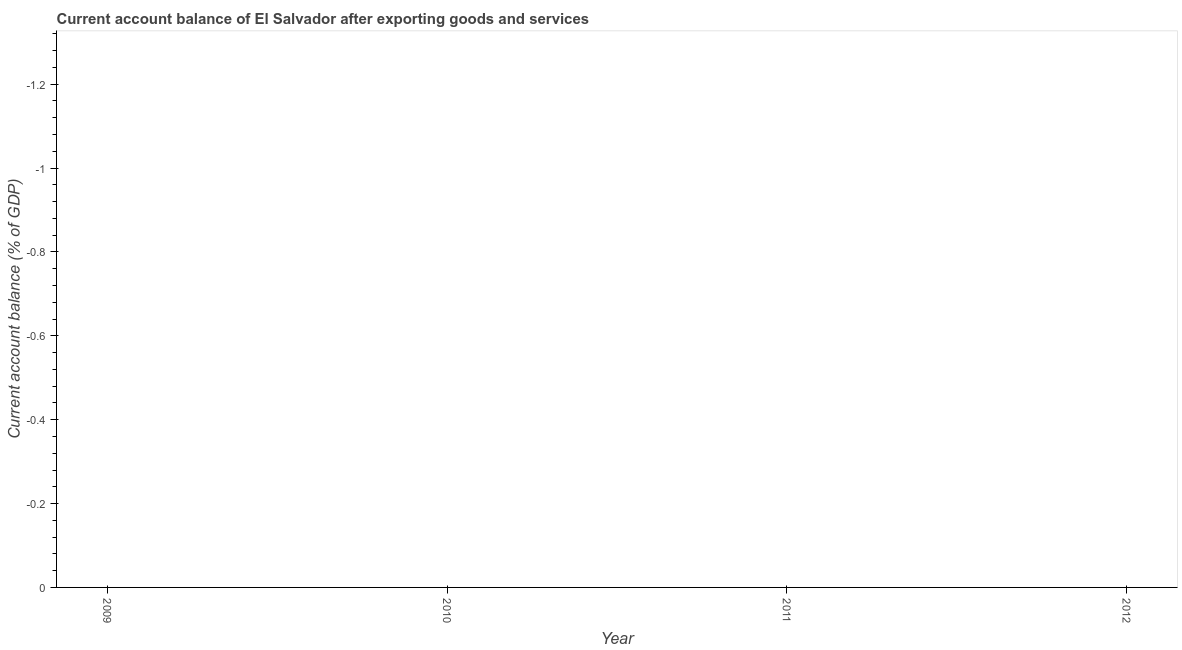
| Year | Current account balance |
 | --- | --- |
 | 2009 | -1.51 |
 | 2010 | -2.49 |
 | 2011 | -4.8 |
 | 2012 | -5.19 |